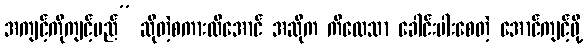
အကျင့်ကိုကျင့်မည်” ဆိုတဲ့စကားထိအောင် အဆိုက ကိလေသာ ခေါင်းပါးစေတဲ့ အောင်ကျင့်ဖို့